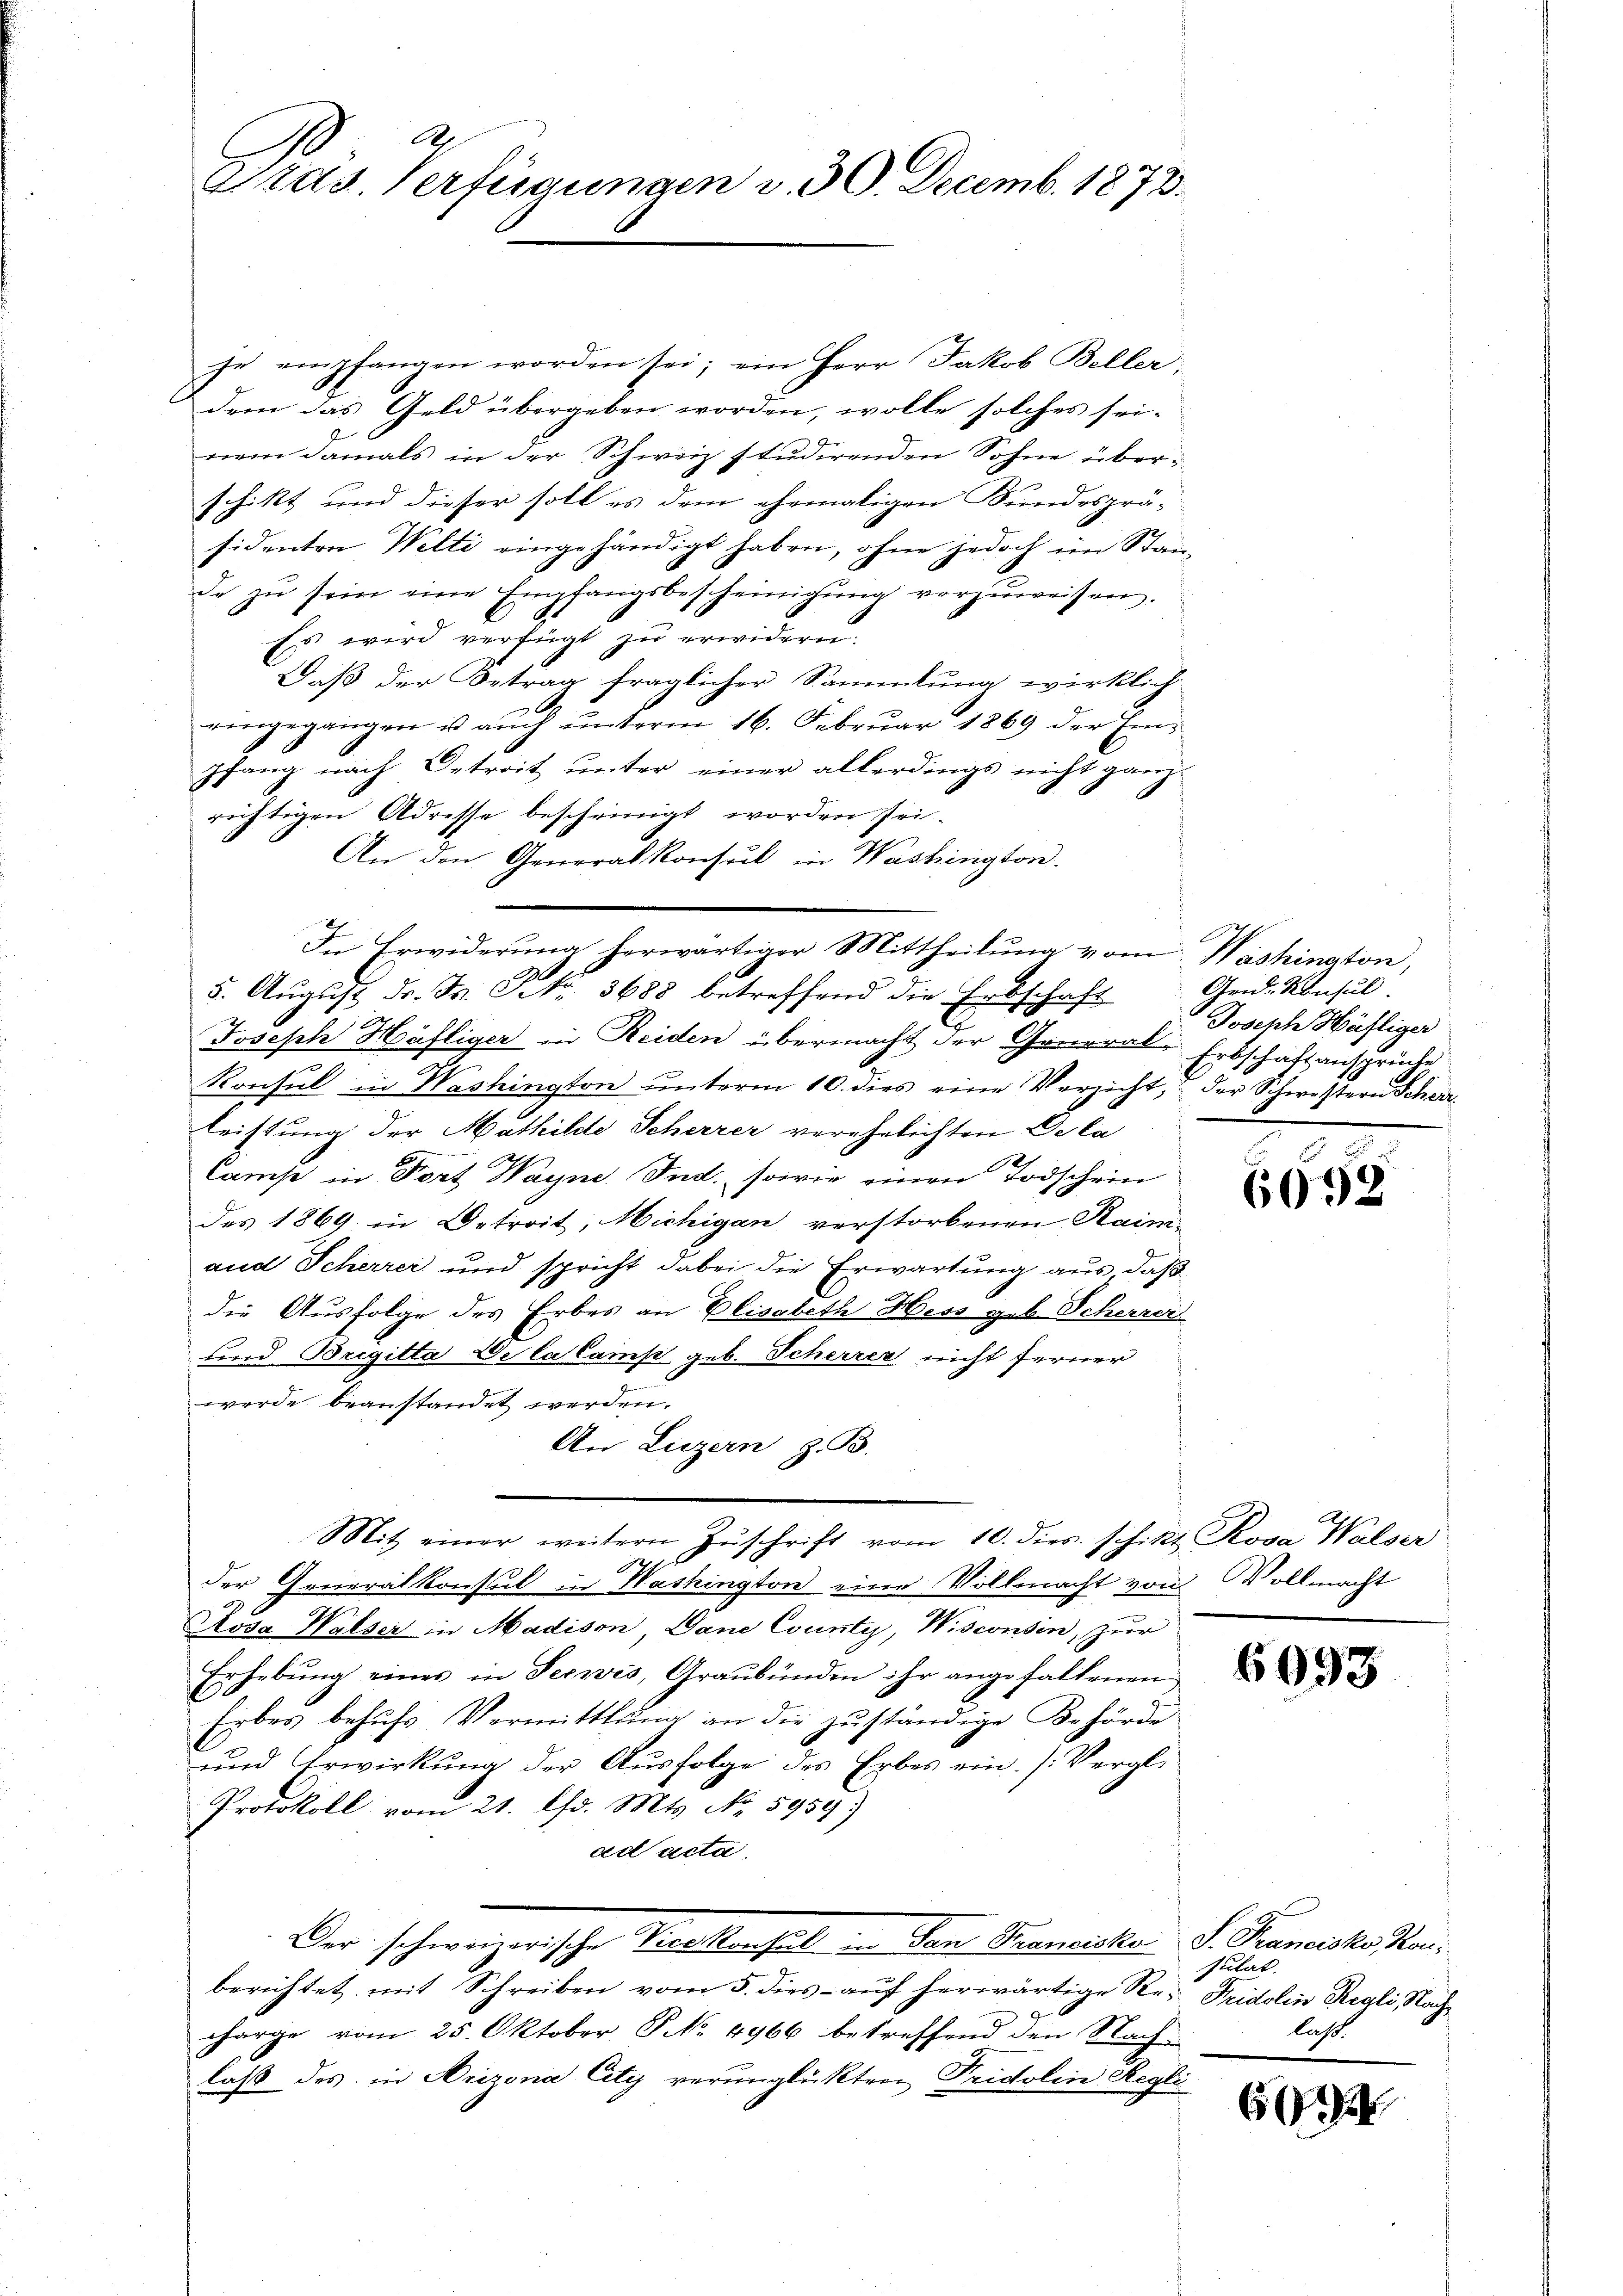
2
Gras. Verfügungen v. 30. Decemb. 1873.

he empfangen worden sei; ein Herr Jakob Beller,
dem das Geld übergeben worden, wolle solches seinem damals in der Schweiz studirenden Sohne überschikt und dieser soll es dem ehemaligen Bundesprä-
sidenten Welti eingehändigt haben, ohne jedoch im Stände zŭ sein eine Empfangsbescheinigŭng vorzŭweisen.
Es wird verfügt zu erwidern.
Daß der Betrag fraglicher Sammlung wirklich
eingegangen u aŭch ŭnterm 16. Februar 1869 der Einpfang nach Betrait unter einer allerdings nicht ganz
richtigen Adresse bescheinigt worden sei-
An den Generalkonsul in Washington.
Joseph Häfliger in Reiden übermacht der General-Erbschaftansprüche
Konsul in Washington ŭnterm 10. dies eine Verzicht, der Schwestern Scher
Leistung der Mathilde Scherzer verehelichten Dela
Camp in Fort Wayne Ind. sowie einen Todschein
des 1869 in Betreit, Michigan verstorbenen Raimand Scherrei und spricht dabei die Erwartung aus, daß
die Ausfolge des Erbes an Elisabeth Hess geb. Scherrei
und Brigitta De la Camp geb. Scherrer nicht ferner
werde beanstandet werden.
An Luzern z. B.
Mit einer weitern Zŭschrift vom 10. dies schikt Rosa Walser
h
der Generalkonsul in Washington eine Vollmacht von Vollmacht
Aosa Walser in Madison Dane County, Wisconsin, zur
Erhebung eines in Teewis, Graubünden ihr angefallenen
Erbes behufs Vermittlung an die zuständige Behörde
und Erwirkung der Ausfolge des Erbes ein. (Vergli¬
Protokoll vom 21. Chr. Mts. No. 5959.)
ad acta,
Der schweizerische Vollenheit in den Brementen
berichtet mit Schreiben vom 5. dies - auf herwärtige Re- Fridolin Regli, Nachharge vom 25. Oktober S. 4966 betreffend den Nach-
laß des in Arizona City verunglückten Tridolin Regli

In Erwiderung herwärtiger Mittheilung vom Washington,
5. Aŭgust dr. F. P. Nr. 3688 betreffend die Erbschaft

Grid. Konsul
Joseph Häfliger

g
6092

6093

S. Francisko Kaisulat
las.

60